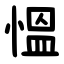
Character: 慍